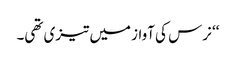
‘‘ نرس کی آواز میں تیزی تھی۔